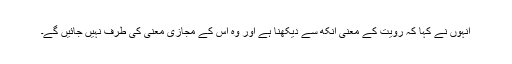
انہوں نے کہا کہ رویت کے معنی آنکھ سے دیکھنا ہے اور وہ اس کے مجازی معنی کی طرف نہیں جائیں گے۔